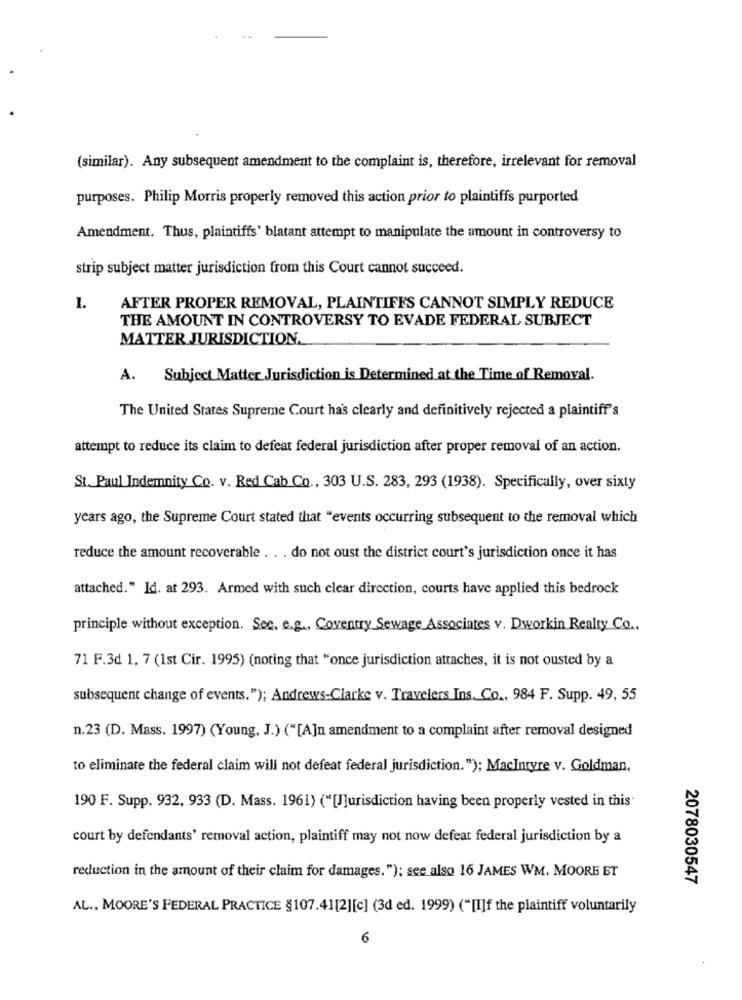
(similar). Any subsequent amendment to the complaint is, therefore, irrelevant for removal
purposes. Philip Morris properly removed this action prior to plaintiffs purported
Amendment. Thus, plaintiffs' blatant attempt to manipulate the amount in controversy to
strip subject matter jurisdiction from this Court cannot succeed.
1.
AFTER PROPER REMOVAL, PLAINTIFFS CANNOT SIMPLY REDUCE
THE AMOUNT IN CONTROVERSY TO EVADE FEDERAL SUBJECT
MATTER JURISDICTION.
A. Subject Matter Jurisdiction is Determined at the Time of Removal.
The United States Supreme Court has clearly and definitively rejected a plaintiff's
attempt to reduce its claim to defeat federal jurisdiction after proper removal of an action.
St. Paul Indemnity Co. v. Red Cab Co ., 303 U.S. 283, 293 (1938). Specifically, over sixty
years ago, the Supreme Court stated that "events occurring subsequent to the removal which
reduce the amount recoverable . . . do not oust the district court's jurisdiction once it has
attached." Id. at 293. Armed with such clear direction, courts have applied this bedrock
principle without exception. See, e.g ., Coventry Sewage Associates v. Dworkin Realty Co.
71 F.3d 1, 7 (1st Cir. 1995) (noting that "once jurisdiction attaches, it is not ousted by a
subsequent change of events."); Andrews-Clarke v. Travelers Ins. Co ., 984 F. Supp. 49, 55
n.23 (D. Mass. 1997) (Young, J.) ("[A]n amendment to a complaint after removal designed
to eliminate the federal claim will not defeat federal jurisdiction."); MacIntyre v. Goldman,
190 F. Supp. 932, 933 (D. Mass. 1961) ("[JJurisdiction having been properly vested in this"
court by defendants' removal action, plaintiff may not now defeat federal jurisdiction by a
reduction in the amount of their claim for damages."); see also 16 JAMES WM. MOORE ET
2078030547
AL ., MOORE'S FEDERAL PRACTICE §107.41[2][c] (3d ed. 1999) ("[I]f the plaintiff voluntarily
6